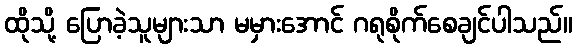
ထိုသို့ ပြောခဲ့သူများသာ မမှားအောင် ဂရုစိုက်စေချင်ပါသည်။